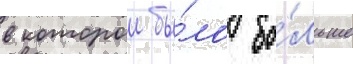
в которои бы́ло бо́льше